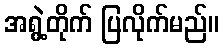
အရွဲ့တိုက် ပြလိုက်မည်။